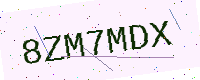
Text: 8ZM7MDX